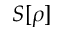
S [ \rho ]